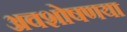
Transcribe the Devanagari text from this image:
अवशोषणया